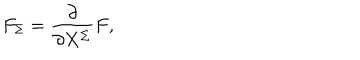
F _ { \Sigma } = { \frac { \partial } { \partial X ^ { \Sigma } } } F ,